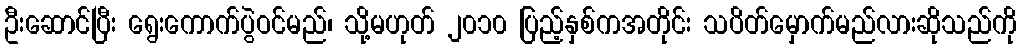
ဦးဆောင်ပြီး ရွေးကောက်ပွဲဝင်မည်၊ သို့မဟုတ် ၂၀၁၀ ပြည့်နှစ်ကအတိုင်း သပိတ်မှောက်မည်လားဆိုသည်ကို